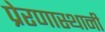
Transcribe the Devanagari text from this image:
प्रेरणास्थानी